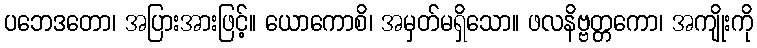
ပဘေဒတော၊ အပြားအားဖြင့်။ ယောကောစိ၊ အမှတ်မရှိသော။ ဖလနိဗ္ဗတ္တကော၊ အကျိုးကို